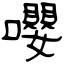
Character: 嚶